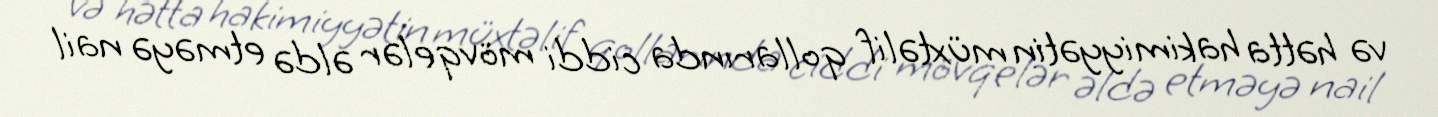
və hətta hakimiyyətin müxtəlif qollarında ciddi mövqelər əldə etməyə nail